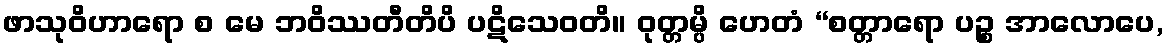
ဖာသုဝိဟာရော စ မေ ဘဝိဿတီတိပိ ပဋိသေဝတိ။ ဝုတ္တမ္ပိ ဟေတံ “စတ္တာရော ပဉ္စ အာလောပေ,